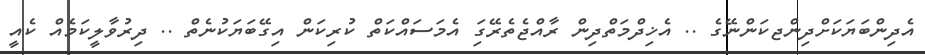
އެދިންބަޔަކަށްދިންޖކަންނޭގެ .. އެޚިދްމަތްދިން ރާއްޖެތެރޭގަި އެމަސައްކަތް ކުރިކަން އިގޭބަޔަކުނެތް .. ދިރުވާލީކަމެއް ކެއީ